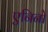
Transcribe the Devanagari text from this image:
एनिनो